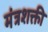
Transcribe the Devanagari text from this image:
मंत्रशक्ती